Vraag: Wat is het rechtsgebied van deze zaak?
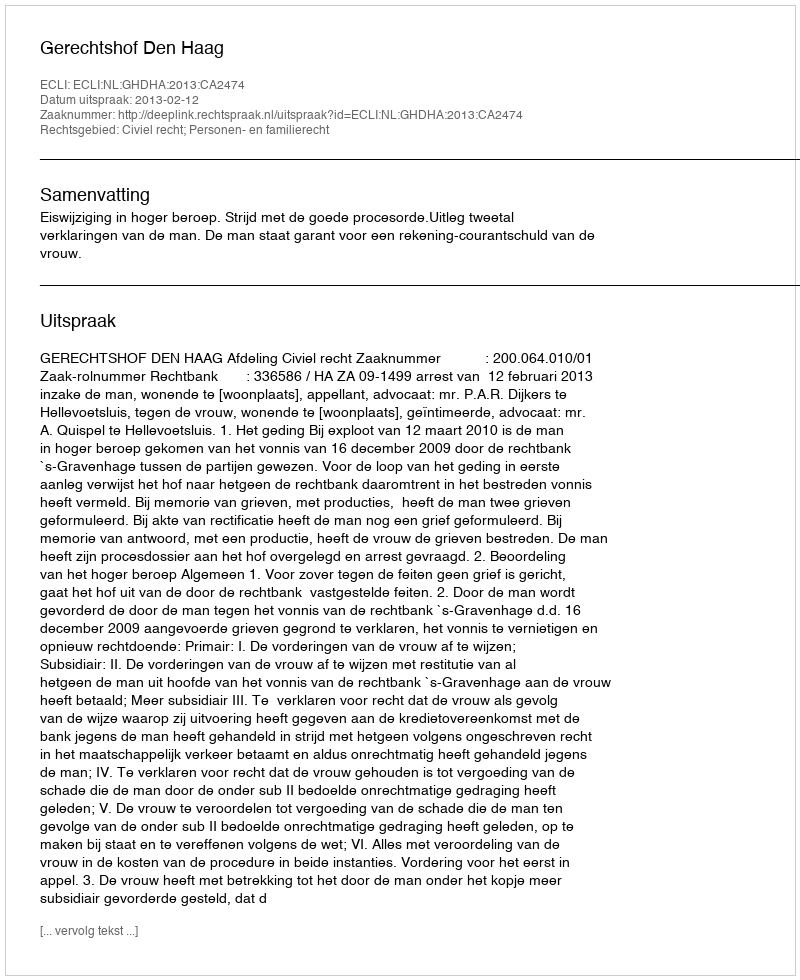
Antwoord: Civiel recht; Personen- en familierecht